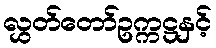
လွှတ်တော်ဥက္ကဋ္ဌနှင့်